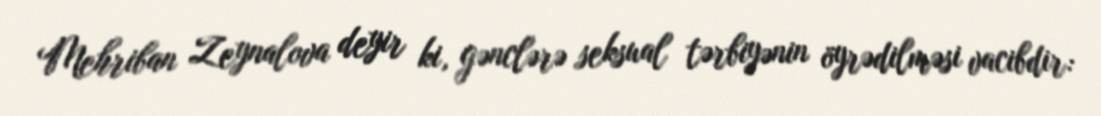
Mehriban Zeynalova deyir ki, gənclərə seksual tərbiyənin öyrədilməsi vacibdir: